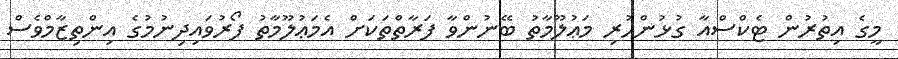
މީގެ އިތުރުން ޓެކްސްއާ ގުޅުންހުރި މަޢުލޫމާތު ބޭނުންވާ ފަރާތްތަކަށް އެމަޢުލޫމާތު ފޯރުވައިދިނުމުގެ އިންތިޒާމްވެސް